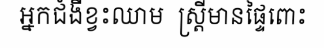
អ្នកជំងឺខ្វះឈាម  ស្ត្រីមានផ្ទៃពោះ